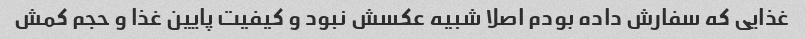
غذایی که سفارش داده بودم اصلا شبیه عکسش نبود و کیفیت پایین غذا و حجم کمش